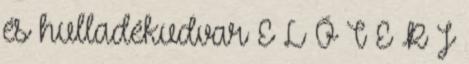
és hulladékudvar E L Ő T E R J